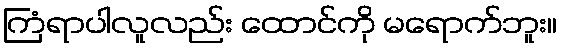
ကြံရာပါလူလည်း ထောင်ကို မရောက်ဘူး။